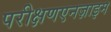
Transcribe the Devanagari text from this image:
परीक्षणएनज़ाइम